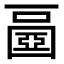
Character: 𡈧